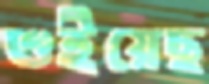
শুইয়েছ